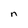
Character: n